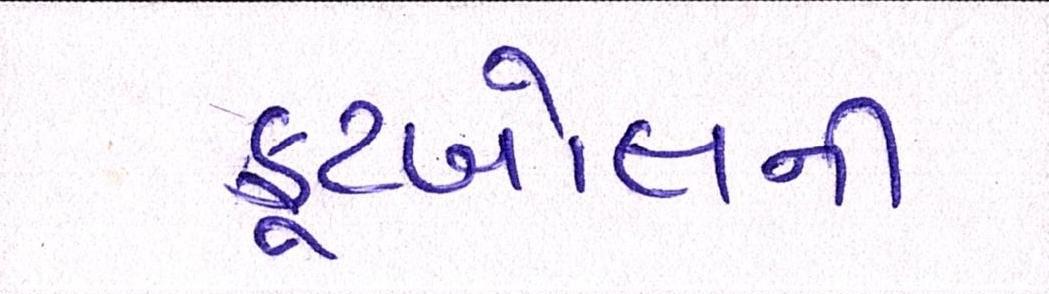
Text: ફૂટબોલની